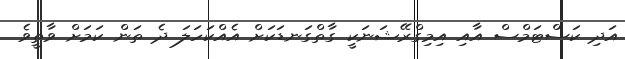
އަދި ކަސްޓަމްސް އާއި އިމިގްރޭޝަނަކީ ގާތްގަނޑަކަށް އެއްކަހަލަ ދެ ތަން ކަމަށް ވާތީވެ